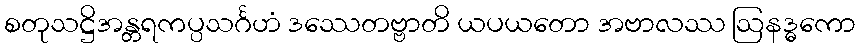
စတုသဋ္ဌိအန္တရကပ္ပသင်္ဂဟံ ဒဿေတဗ္ဗာတိ ယပယတော အဗာလဿ ဩနဒ္ဓကော